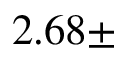
2 . 6 8 \pm